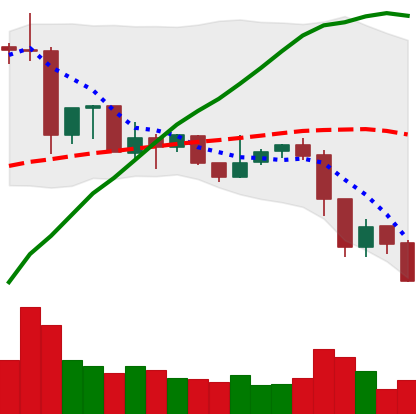
Ticker: XRP-USD
Chart end date: 2019-07-14
Forward return: 4.627%
Label: up_3_5